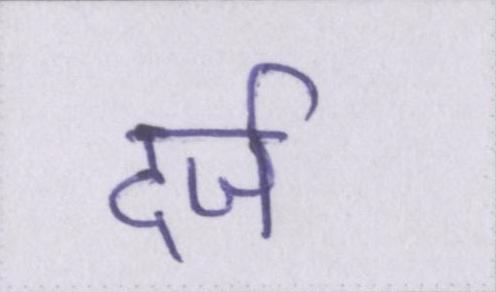
दर्ज